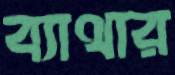
ব্যাথার